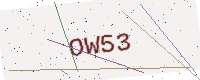
Text: OW53